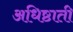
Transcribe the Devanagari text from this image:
अधिष्ठाती